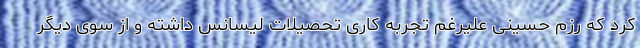
کرد که رزم حسینی علیرغم تجربه کاری تحصیلات لیسانس داشته و از سوی دیگر